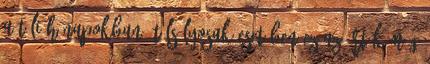
a téli hónapokban. Túlsúlyosak esetében ez az érték még